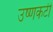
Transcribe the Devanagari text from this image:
उष्णकटी